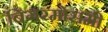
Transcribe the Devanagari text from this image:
बिगरमोसमी